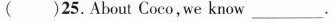
()25.About Coco, we know ___